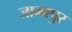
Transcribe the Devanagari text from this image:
जामापुर